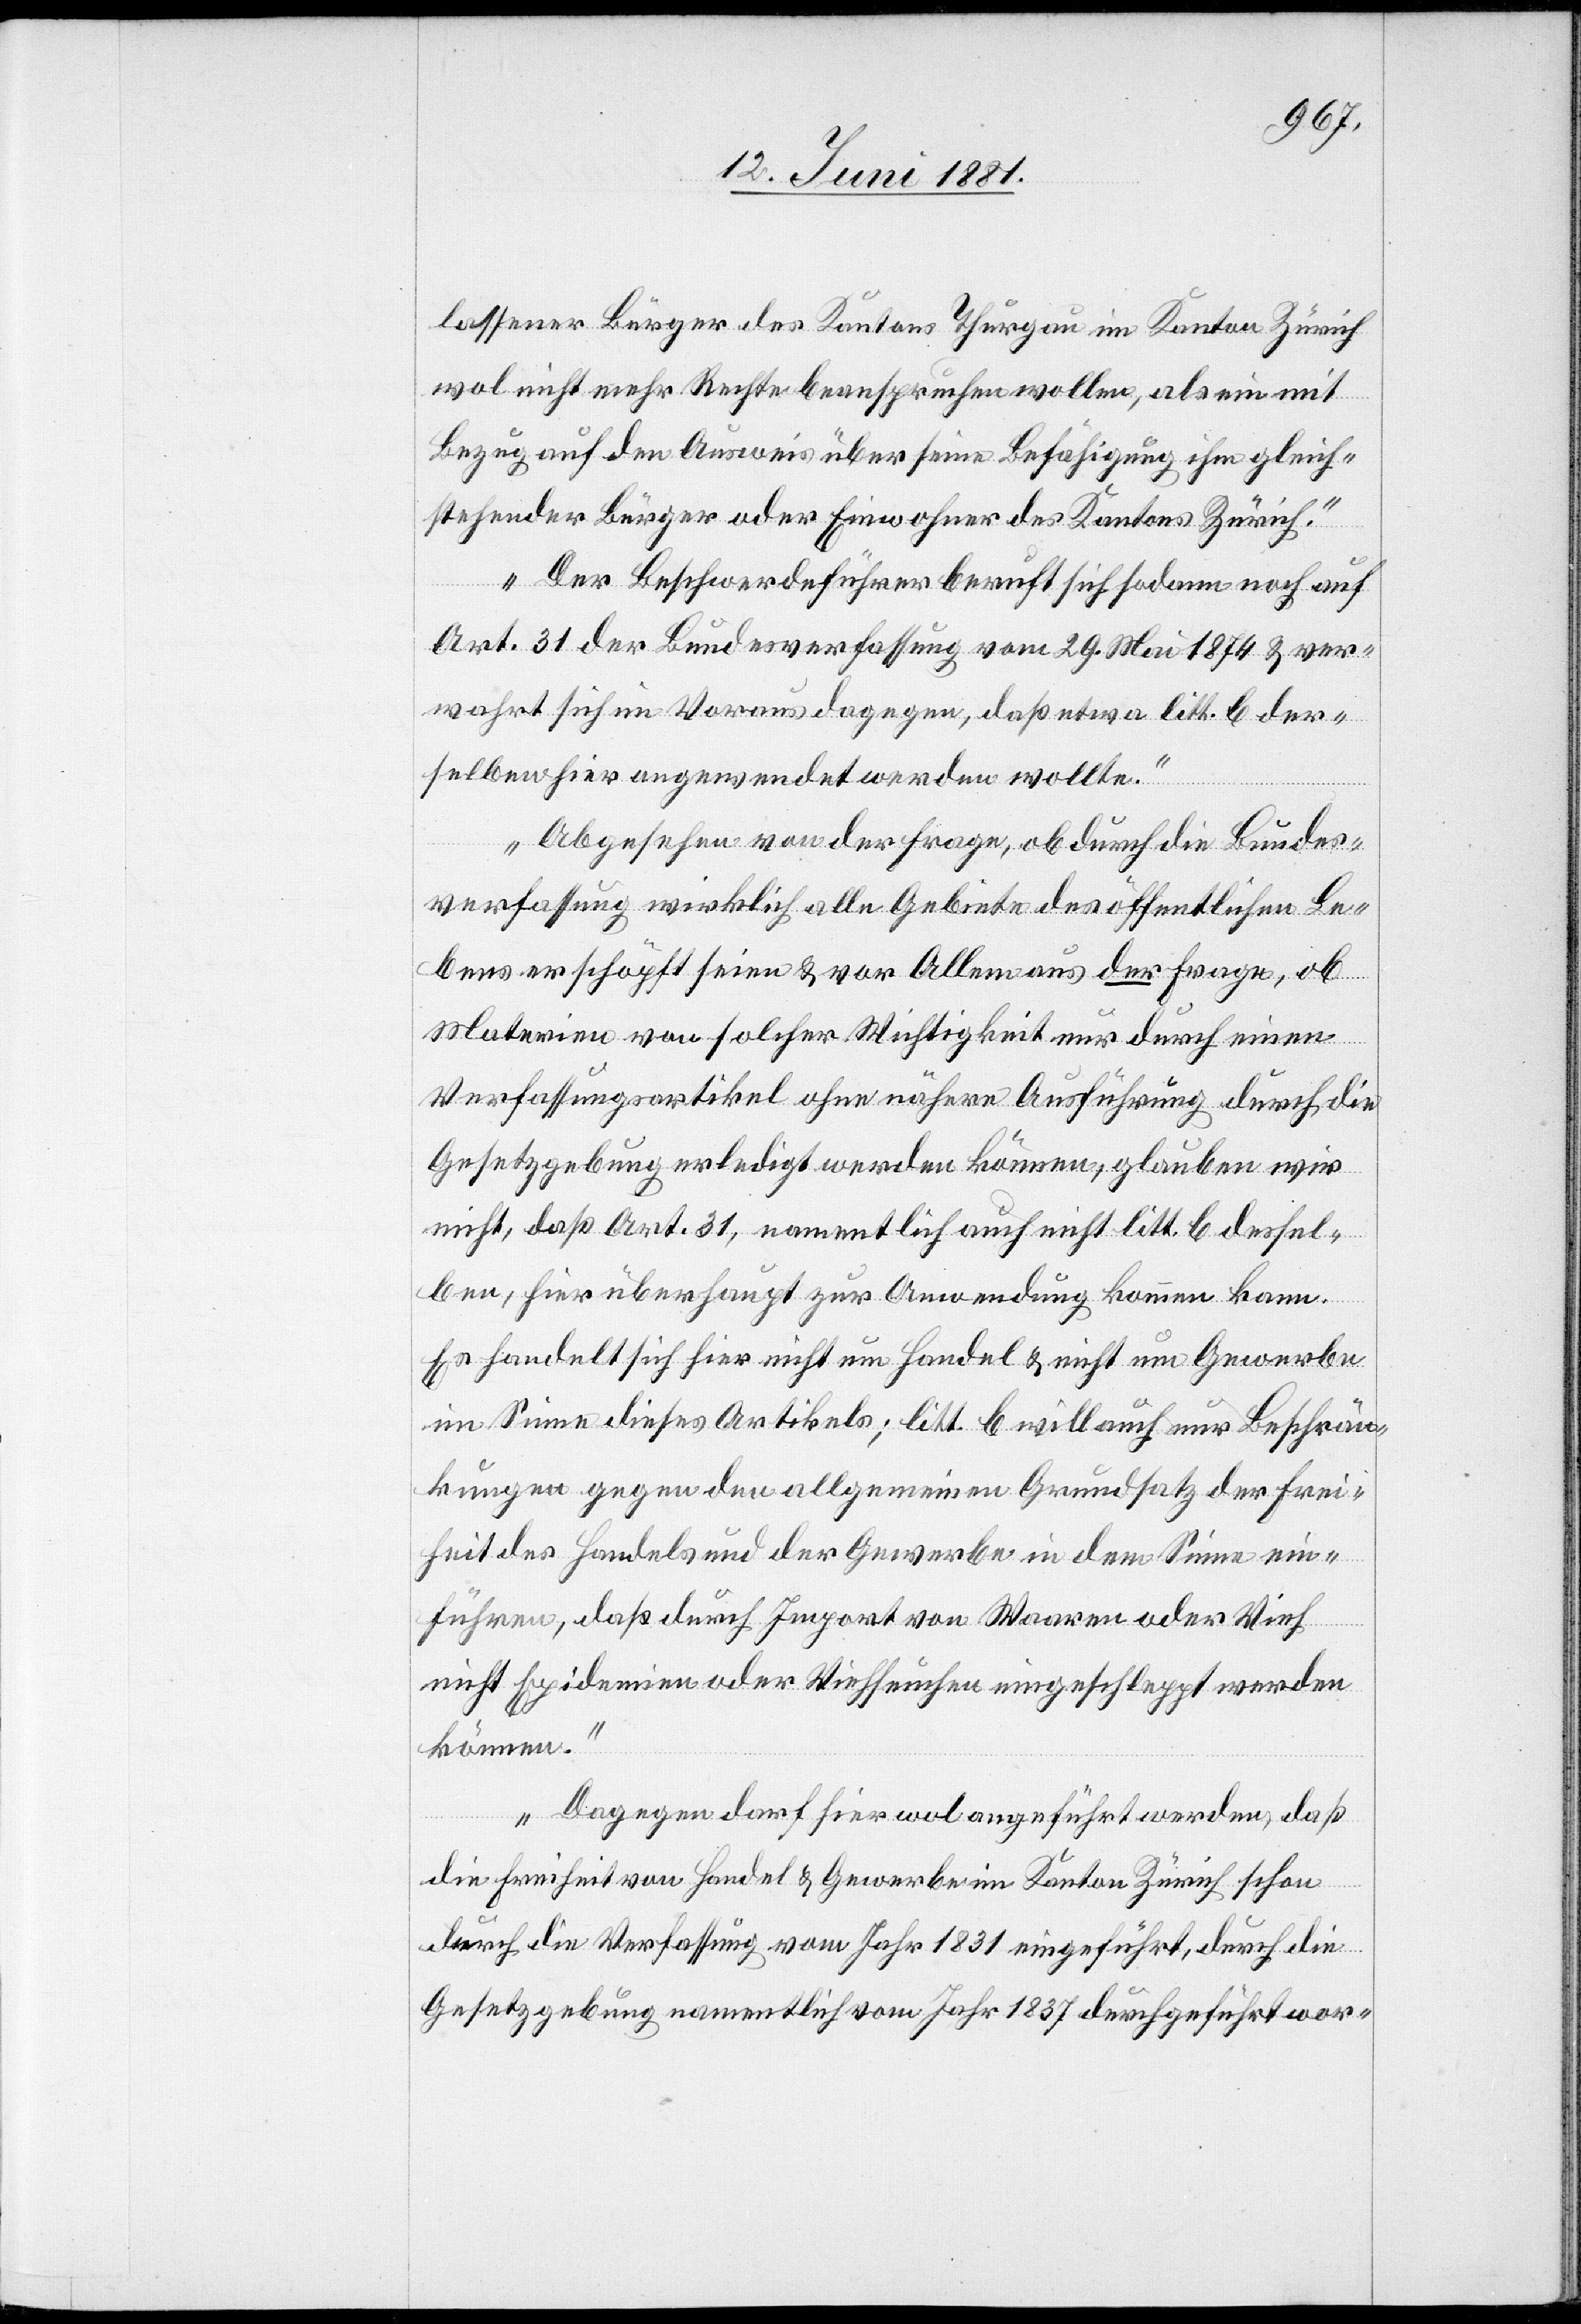
lassener Bürger des Kantons Thurgau im Kanton Zürich
wol nicht mehr Rechte beanspruchen wollen, als ein mit
Bezug auf den Ausweis über seine Befähigung ihm gleich¬
stehender Bürger oder Einwohner des Kantons Zürich.
Der Beschwerdeführer beruft sich sodann noch auf
Art. 31 der Bundesverfassung vom 29. Mai 1874 & ver¬
wahrt sich im Voraus dagegen, daß etwa litt. b der¬
selben hier angewendet werden wollte.
Abgesehen von der Frage, ob durch die Bundes¬
verfassung wirklich alle Gebiete des öffentlichen Le¬
bens erschöpft seien & vor Allem aus der Frage, ob
Materien von solcher Wichtigkeit nur durch einen
Verfassungsartikel ohne nähere Ausführung durch die
Gesetzgebung erledigt werden können, glauben wir
nicht, daß Art. 31, namentlich auch nicht litt. b dessel¬
ben, hier überhaupt zur Anwendung kommen kann.
Es handelt sich hier nicht um Handel & nicht um Gewerbe
im Sinne dieses Artikels; litt. b will auch nur Beschrän¬
kungen gegen den allgemeinen Grundsatz der Frei¬
heit des Handels und der Gewerbe in dem Sinne ein¬
führen, daß durch Import von Waren oder Vieh
nicht Epidemien oder Viehseuchen eingeschleppt werden
können.
Dagegen darf hier wol angeführt werden, daß
die Freiheit von Handel & Gewerbe im Kanton Zürich schon
durch die Verfassung vom Jahr 1831 eingeführt, durch die
Gesetzgebung namentlich vom Jahr 18378 durchgeführt wor-